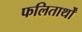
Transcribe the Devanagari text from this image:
फलितार्थों